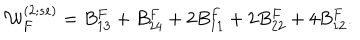
LaTeX: { \cal W } _ { F } ^ { ( 2 ; s e ) } = B _ { 1 3 } ^ { F } + B _ { 2 4 } ^ { F } + 2 B _ { 1 1 } ^ { F } + 2 B _ { 2 2 } ^ { F } + 4 B _ { 1 2 } ^ { F } .